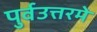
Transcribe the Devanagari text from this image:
पुर्वउत्तरमे